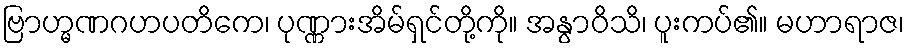
ဗြာဟ္မဏဂဟပတိကေ၊ ပုဏ္ဏားအိမ်ရှင်တို့ကို။ အနွာဝိသိ၊ ပူးကပ်၏။ မဟာရာဇ၊